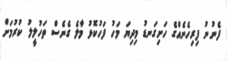
ފެނުނު ފިރިހެނެއްގެ ހަށިގަނޑު މިދިޔަ މަހު ފަހުކޮޅު މާލެ ގެނެސް ތަހުލީލު ކުރުމަށް